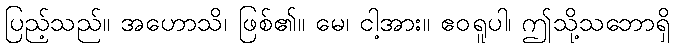
ပြည့်သည်။ အဟောသိ၊ ဖြစ်၏။ မေ၊ ငါ့အား။ ဧဝရူပါ၊ ဤသို့သဘောရှိ